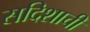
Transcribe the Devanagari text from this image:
सदिशाची